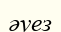
әуез